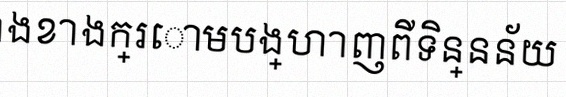
តារាងខាងក្រោមបង្ហាញពីទិន្នន័យ